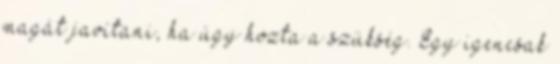
magát javítani, ha úgy hozta a szükség. Egy igencsak